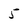
Character: 5